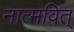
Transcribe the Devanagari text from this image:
नात्मवित्‌